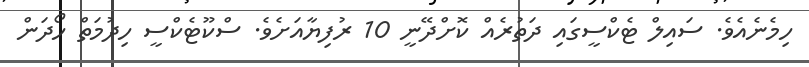
ހިމެނެއެވެ. ސައިލް ޓެކްސީގައި ދަތުރެއް ކޮށްދޭނީ 10 ރުފިޔާއަށެވެ. ސްކޫޓެކްސީ ހިދުމަތް ހޯދަން